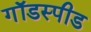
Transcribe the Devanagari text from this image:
गॉडस्पीड